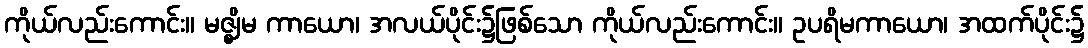
ကိုယ်လည်းကောင်း။ မဇ္ဈိမ ကာယော၊ အလယ်ပိုင်း၌ဖြစ်သော ကိုယ်လည်းကောင်း။ ဥပရိမကာယော၊ အထက်ပိုင်း၌